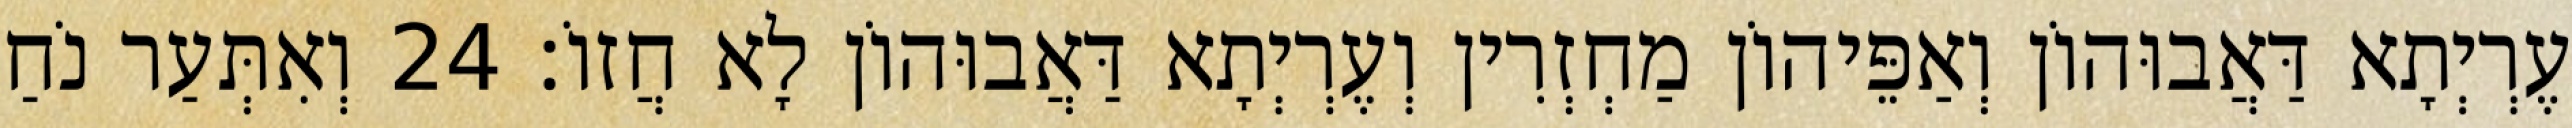
עֶרְיְתָא דַּאֲבוּהוֹן וְאַפֵּיהוֹן מַחְזְרִין וְעֶרְיְתָא דַּאֲבוּהוֹן לָא חֲזוֹ׃ 24 וְאִתְּעַר נֹחַ